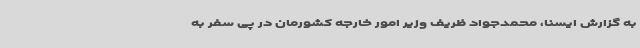
به گزارش ایسنا، محمدجواد ظریف وزیر امور خارجه کشورمان در پی سفر به